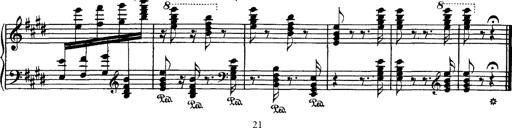
Title: Hungarian Rhapsody No.1
Composer: Franz Liszt
Key: C-sharp minor